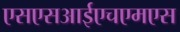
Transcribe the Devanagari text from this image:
एसएसआईएचएमएस